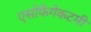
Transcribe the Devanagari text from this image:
एसोफैगेकटमी